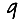
Digit: 9